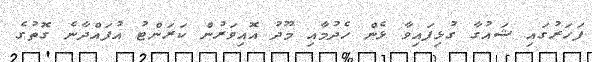
ފަހަރުގައި ޝައުގާ ގުޅިފައިވާ ޅެން ހެދުމާއި މޫދު އޮއިވަރުން ކަރަންޓު އުފައްދާނެ ގޮތުގެ